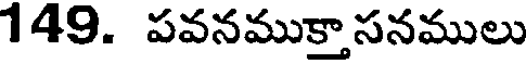
149. పవనముక్తాసనములు